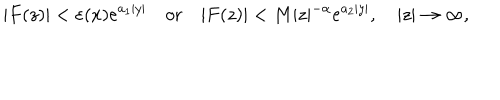
\vert F ( z ) \vert < \varepsilon ( x ) e ^ { a _ { 1 } \vert y \vert } \quad \textrm { o r } \quad \vert F ( z ) \vert < M \vert z \vert ^ { - \alpha } e ^ { a _ { 2 } \vert y \vert } , \quad \vert z \vert \to \infty ,